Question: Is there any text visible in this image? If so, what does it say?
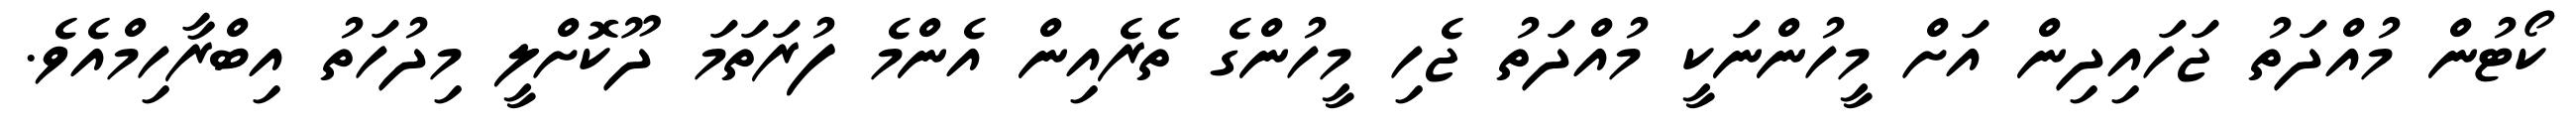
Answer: ކޯޓުން މުއްދަތު ޖަހައިދިން އަށް މީހުންނަކީ މުއްދަތު ޖެހި މީހުންގެ ތެރެއިން އެންމެ ފުރަތަމަ ދޫކޮށްލީ މިދުހަތު އިބްރާހިމްއެވެ.